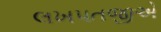
લખપતજીએ